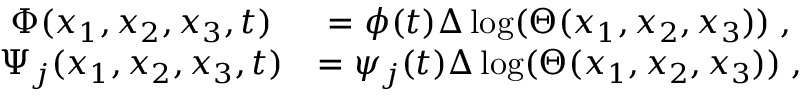
\begin{array} { c c } { \Phi ( x _ { 1 } , x _ { 2 } , x _ { 3 } , t ) } & { = \phi ( t ) \Delta \log ( \Theta ( x _ { 1 } , x _ { 2 } , x _ { 3 } ) ) \; , } \\ { \Psi _ { j } ( x _ { 1 } , x _ { 2 } , x _ { 3 } , t ) } & { = \psi _ { j } ( t ) \Delta \log ( \Theta ( x _ { 1 } , x _ { 2 } , x _ { 3 } ) ) \; , } \end{array}